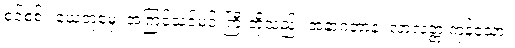
စင်စစ်။ ယေတုမှေ၊ အကြင်သင်မင်းကြီးတို့သည်။ အနာဂတာနံ၊ လာလတ္တံ့ကုန်သော။